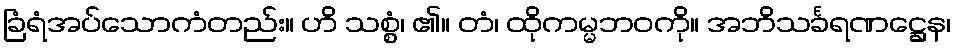
ခြံရံအပ်သောကံတည်း။ ဟိ သစ္စွံ၊ ၏။ တံ၊ ထိုကမ္မဘဝကို။ အဘိသင်္ခရဏဋ္ဌေန၊